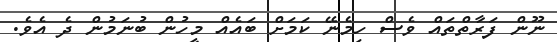
ނޫން ފަރާތްތައް ވެސް ހިމެނޭ ކަމަށް ބައެއް މީހުން ބުނަމުން ދެ އެވެ.